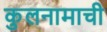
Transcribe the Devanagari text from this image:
कुलनामाची